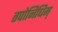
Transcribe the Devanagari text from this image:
तपोनिधिम्